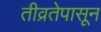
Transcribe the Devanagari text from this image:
तीव्रतेपासून